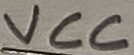
Text: VCC